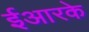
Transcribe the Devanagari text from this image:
ईआरके